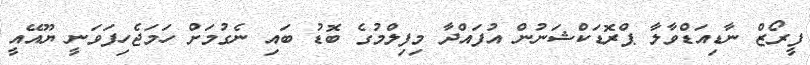
ފީރޯޒް ނާޑިއަޑްވާލާ ޕްރޮޑަކްޝަނުން އުފައްދާ މިފިލްމުގެ ބޮޑު ބައި ނެގުމަށް ހަމަޖެހިފަވަނީ ޔޫއޭއީ